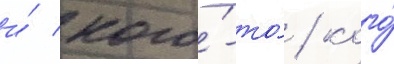
и́ кого́-то́ / кого́